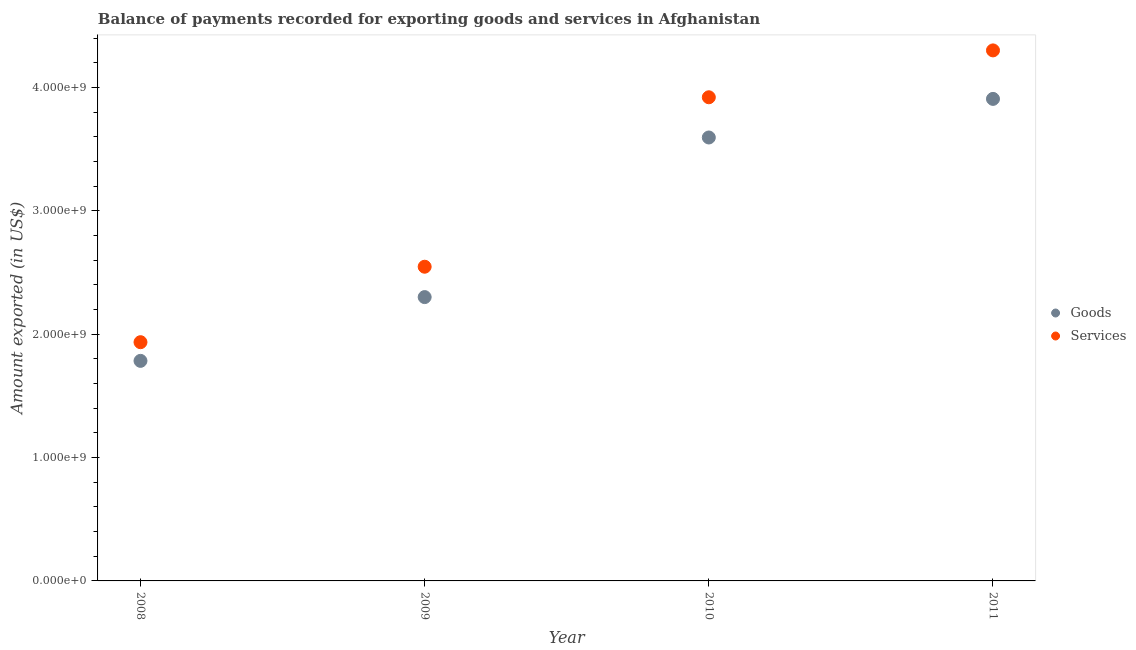
| Year | Goods | Services |
 | --- | --- | --- |
 | 2008 | 1.78e+09 | 1.93e+09 |
 | 2009 | 2.3e+09 | 2.55e+09 |
 | 2010 | 3.59e+09 | 3.92e+09 |
 | 2011 | 3.91e+09 | 4.3e+09 |